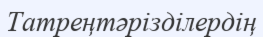
Татреңтәрізділердің